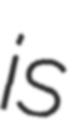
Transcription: is